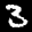
Label: 3